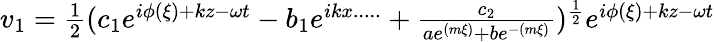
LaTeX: \begin{array}{r}{v_{1}=\frac{1}{2}(c_{1}e^{i\phi(\xi)+kz-\omega t}-b_{1}e^{ikx.....}+\frac{c_{2}}{ae^{(m\xi)}+be^{-(m\xi)}})^{\frac{1}{2}}e^{i\phi(\xi)+kz-\omega t}}\end{array}